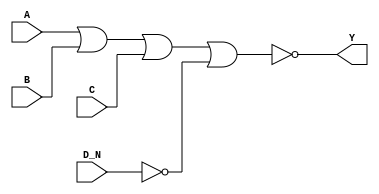
`timescale 1ps/1ps
module cell_nor4b
(
    input wire A,
    input wire B,
    input wire C,
    input wire D_N,
    output wire Y
);
    assign Y = !(A | B | C | !D_N);
endmodule